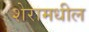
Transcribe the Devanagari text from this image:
शेरामधील